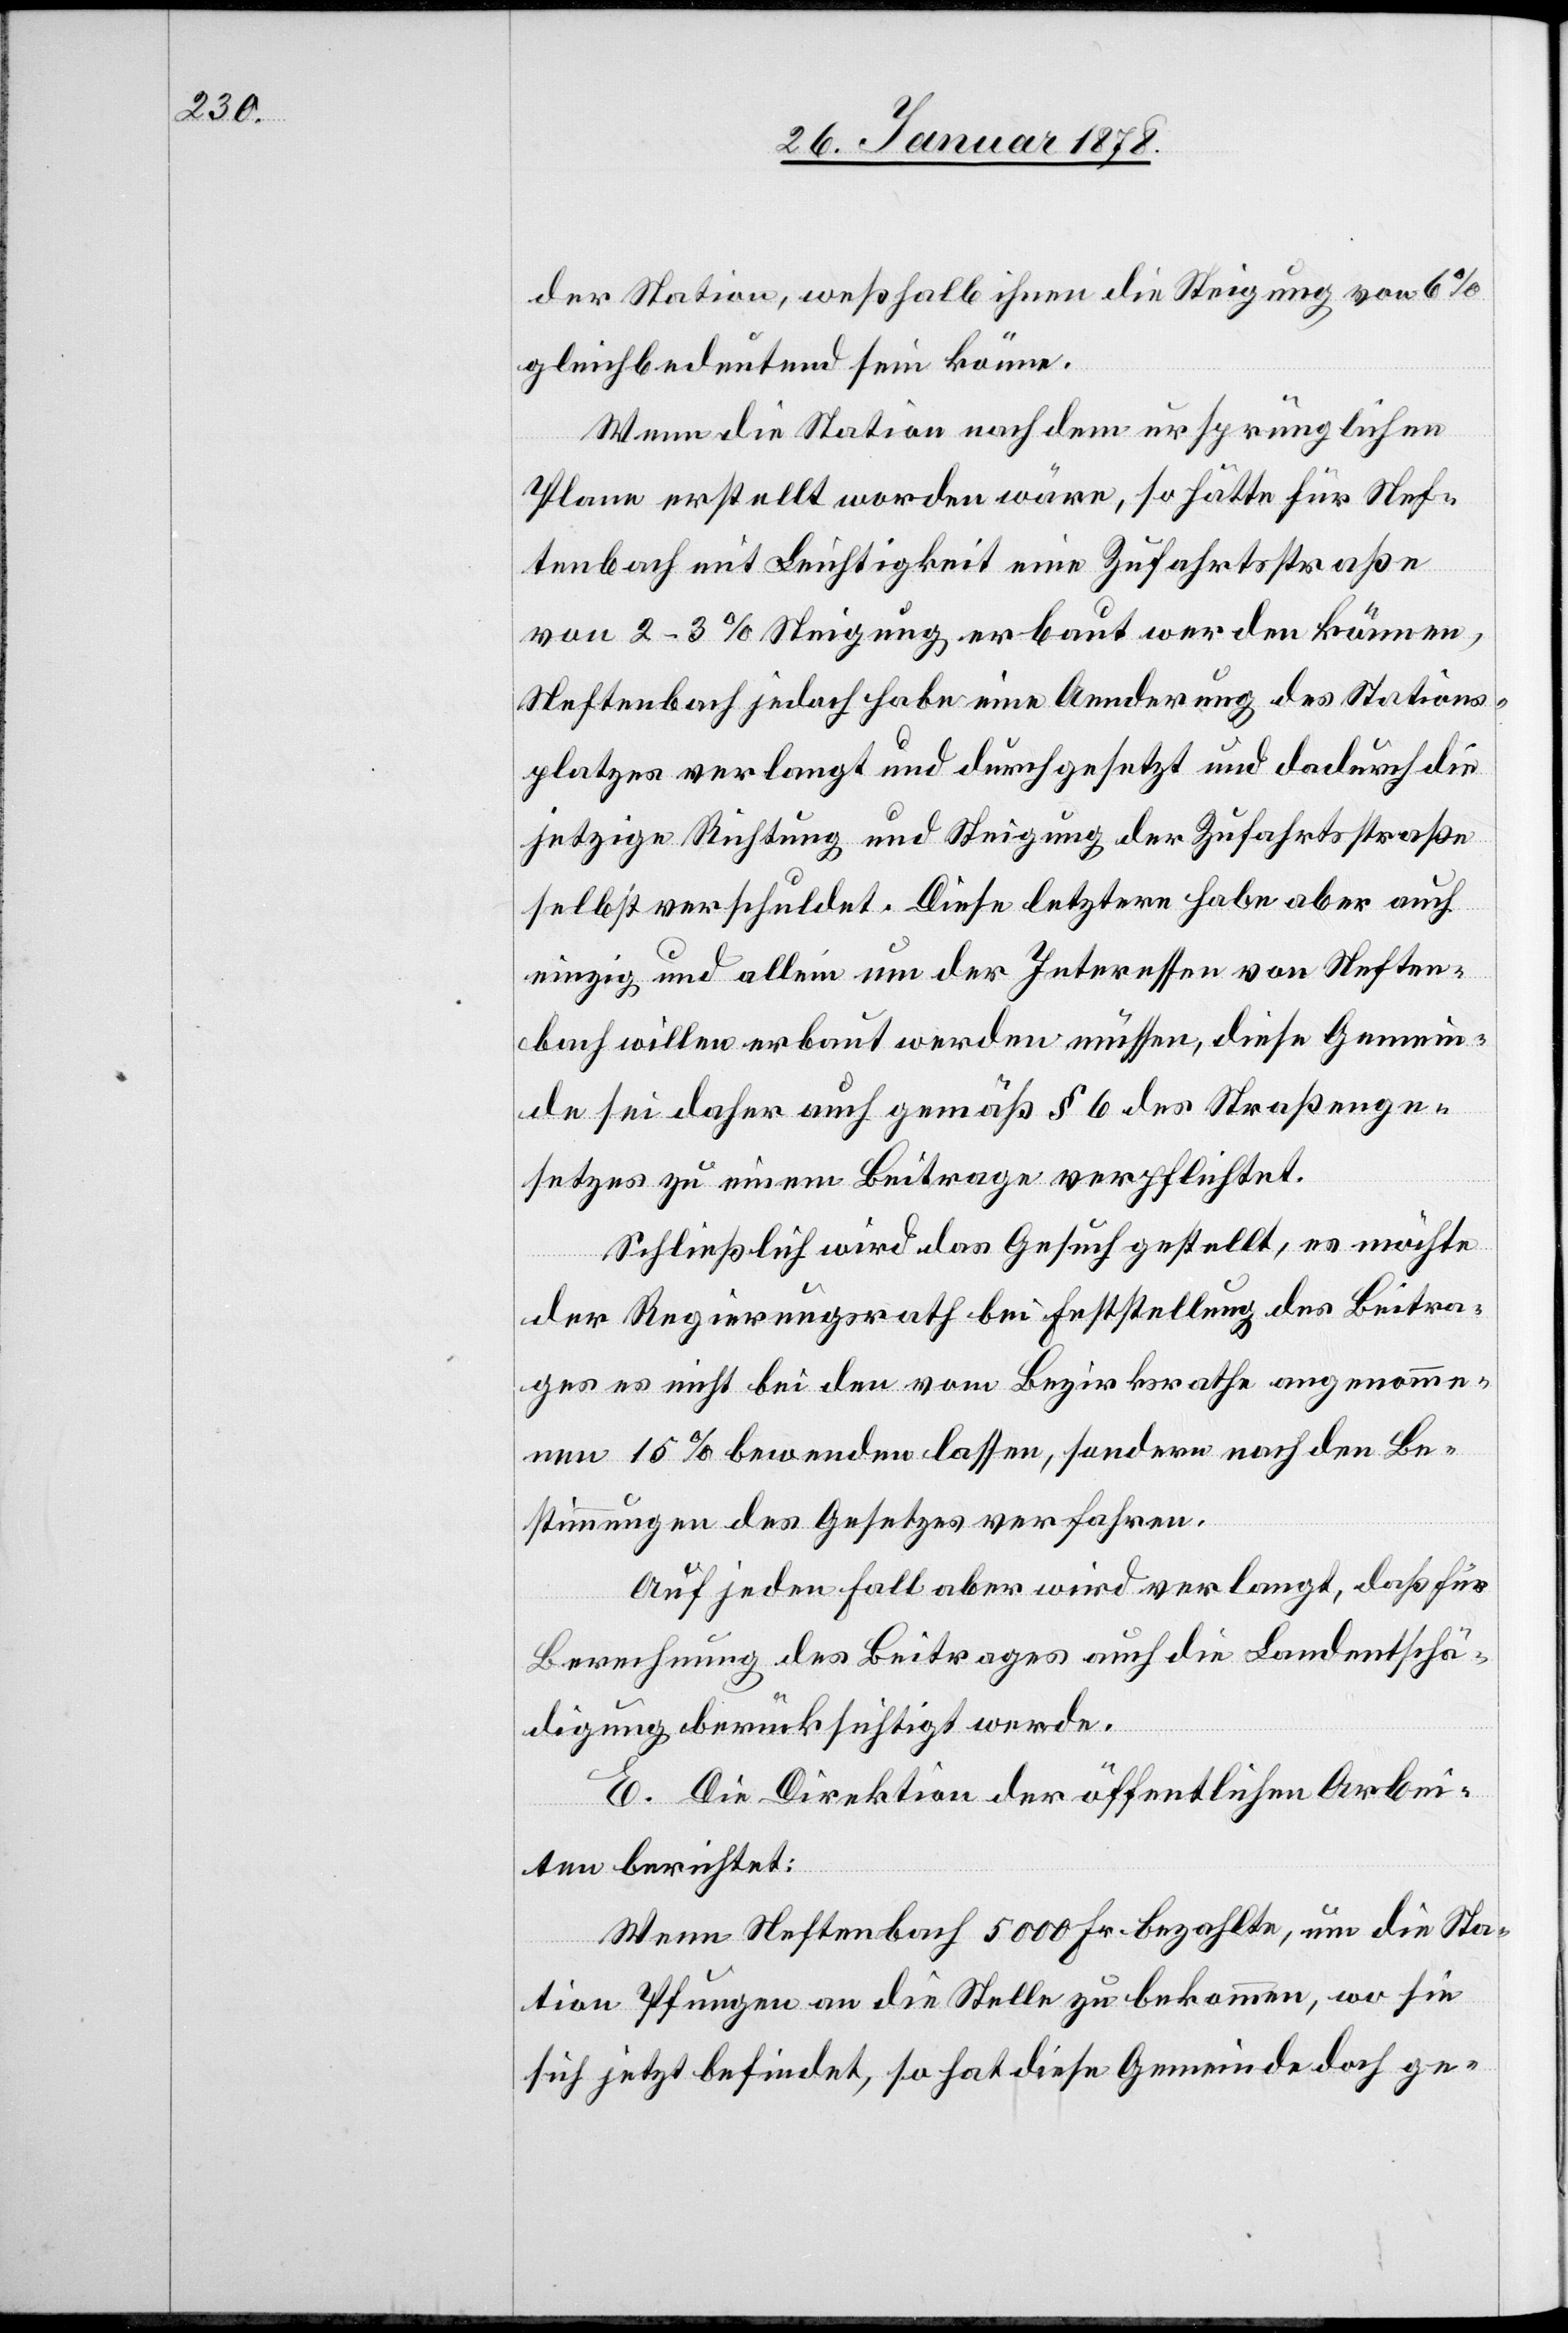
der Station, weßhalb ihnen die Steigung von 6%
gleichbedeutend sein könne.
Wenn die Station nach dem ursprünglichen
Plane erstellt worden wäre, so hätte für Nef¬
tenbach mit Leichtigkeit eine Zufahrtsstraße
von 2–3% Steigung erbaut werden können,
Neftenbach jedoch habe eine Aenderung des Stations¬
platzes verlangt und durchgesetzt und dadurch die
jetzige Richtung und Steigung der Zufahrsstraße
selbstverschuldet. Diese letztere habe aber auch
einzig und allein um der Interessen von Neften¬
bach willen erbaut werden müssen, diese Gemein¬
de sei daher auch gemäß § 6 des Straßenge¬
setzes zu einem Beitrage verpflichtet.
Schließlich wird das Gesuch gestellt, es möchte
der Regierungsrath bei Feststellung des Beitra¬
ges es nicht bei den vom Bezirksrath angenomme¬
nen 15% bewenden lassen, sondern nach den Be¬
stimmungen des Gesetzes verfahren.
Auf jeden Fall aber wird verlangt, daß für
Berechnung des Beitrages auch die Landentschä¬
digung berücksichtigt werde.
E. Die Direktion der öffentlichen Arbei¬
ten berichtet:
Wenn Neftenbach 5000 Fr. bezahlte, um die Sta¬
tion Pfungen an die Stelle zu bekommen, wo sie
sich jetzt befindet, so hat diese Gemeinde doch ge-